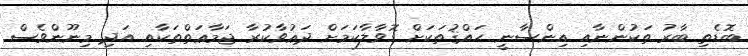
ބޮޑެތި ބާރު ތަކުންނާއި އިންސާނީ ޙައްޤުތަކަށް ގޮވާލާކަމަށް ދަޢުވާކުރާ ޖަމާޢަތްތަކާއި އަދި މިނޫންވެސް